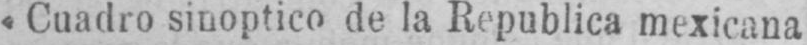
«Cuadro sinoptico de la Republica mexicana